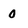
Character: 0